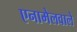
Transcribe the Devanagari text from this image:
एनामेलवाले